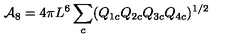
{ \cal A } _ { 8 } = 4 \pi L ^ { 6 } \sum _ { c } ( Q _ { 1 c } Q _ { 2 c } Q _ { 3 c } Q _ { 4 c } ) ^ { 1 / 2 }